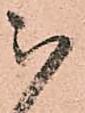
被